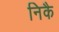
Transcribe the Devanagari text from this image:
निकै